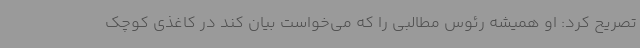
تصریح کرد: او همیشه رئوس مطالبی را که می‌خواست بیان کند در کاغذی کوچک